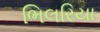
ભિલરિયા